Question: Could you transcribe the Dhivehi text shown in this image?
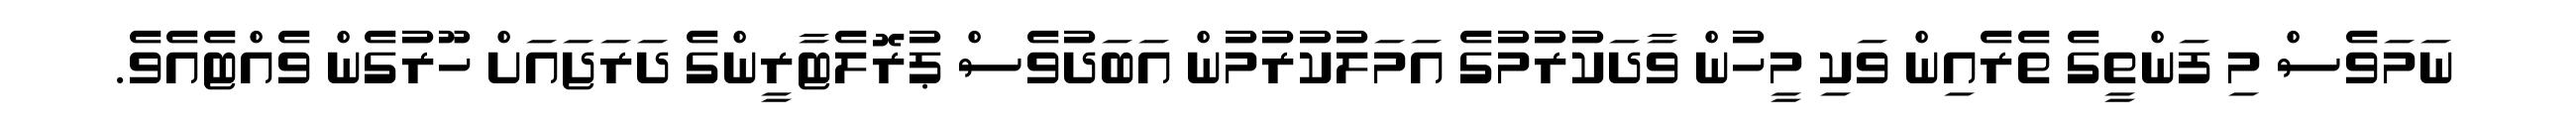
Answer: ނަމަވެސް މި ފަންތީގެ ތެރެއިން ވަކި މީހުން ވާދަކުރުމުގެ އަމަލުކުރުމުން އަބަދުވެސް ޕުރޮލެޓާރީންގެ ދަރަޖައަށް ހޫރުގެން ވެއްޓެއެވެ.